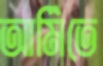
আর্মিতে